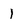
Character: 1